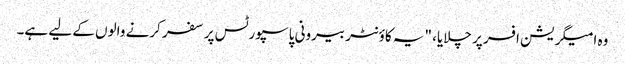
وہ امیگریشن افسر پر چلایا، "یہ کاؤنٹر بیرونی پاسپورٹس پر سفر کرنے والوں کے لیے ہے۔